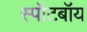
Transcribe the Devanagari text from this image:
स्पॉटबॉय